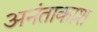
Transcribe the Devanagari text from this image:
अनंताकाश